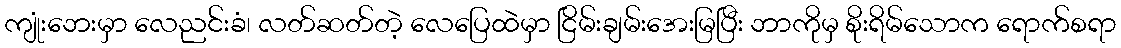
ကျုံးဘေးမှာ လေညင်းခံ၊ လတ်ဆတ်တဲ့ လေပြေထဲမှာ ငြိမ်းချမ်းအေးမြပြီး ဘာကိုမှ စိုးရိမ်သောက ရောက်စရာ